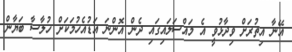
އޭނާ އިތުރަށް ވިދާޅުވީ އެ މައްސަލައިގައި ދެން އޮންނަ އަޑުއެހުމަކަށް ހުލާސާ ބަޔާން